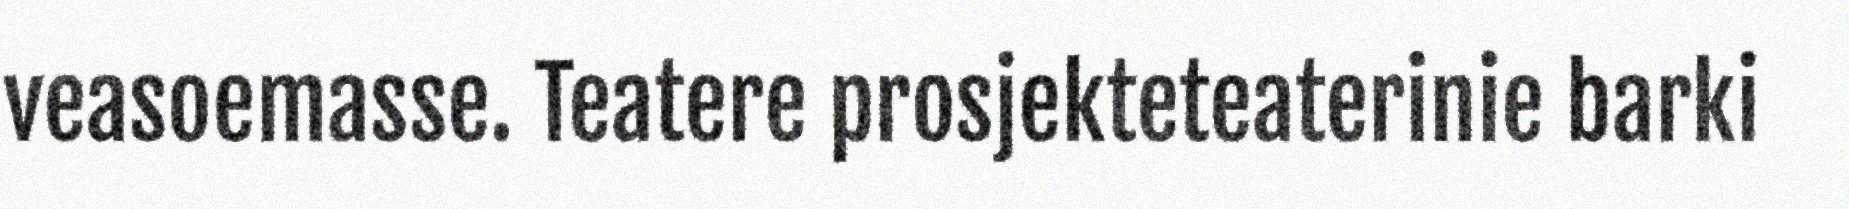
veasoemasse. Teatere prosjekteteaterinie barki